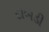
દાબડી